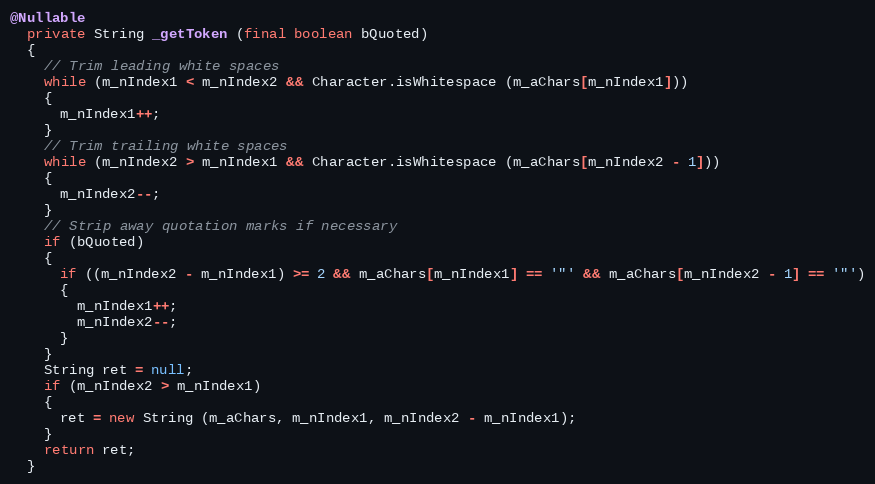
Language: Java
@Nullable
  private String _getToken (final boolean bQuoted)
  {
    // Trim leading white spaces
    while (m_nIndex1 < m_nIndex2 && Character.isWhitespace (m_aChars[m_nIndex1]))
    {
      m_nIndex1++;
    }
    // Trim trailing white spaces
    while (m_nIndex2 > m_nIndex1 && Character.isWhitespace (m_aChars[m_nIndex2 - 1]))
    {
      m_nIndex2--;
    }
    // Strip away quotation marks if necessary
    if (bQuoted)
    {
      if ((m_nIndex2 - m_nIndex1) >= 2 && m_aChars[m_nIndex1] == '"' && m_aChars[m_nIndex2 - 1] == '"')
      {
        m_nIndex1++;
        m_nIndex2--;
      }
    }
    String ret = null;
    if (m_nIndex2 > m_nIndex1)
    {
      ret = new String (m_aChars, m_nIndex1, m_nIndex2 - m_nIndex1);
    }
    return ret;
  }